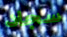
سجاد